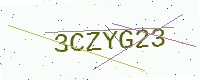
Text: 3CZYG23